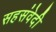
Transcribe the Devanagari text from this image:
सहसंवेदी